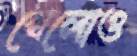
খেলোও